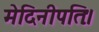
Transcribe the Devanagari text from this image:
मेदिनीपतिः।